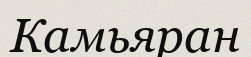
Камьяран